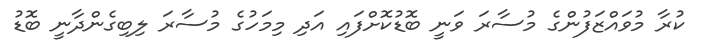
ކުރާ މުވައްޒަފުންގެ މުސާރަ ވަނީ ބޮޑުކޮށްފައި އަދި މިމަހުގެ މުސާރަ ލިބިގެންދާނީ ބޮޑު